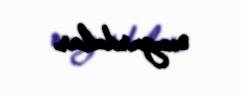
oxuyurdular.